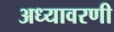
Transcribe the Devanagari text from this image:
अध्यावरणी